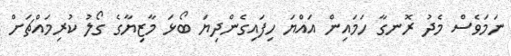
ނަމަވެސް މެދު ރޮނގާ ހަމައިން އައްޔަ ހިފައިގެންދިޔަ ބޯޅަ މާޒިޔާގެ ގޯލު ކުރިމައްޗަށް